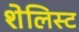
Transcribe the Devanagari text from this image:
शेलिस्ट